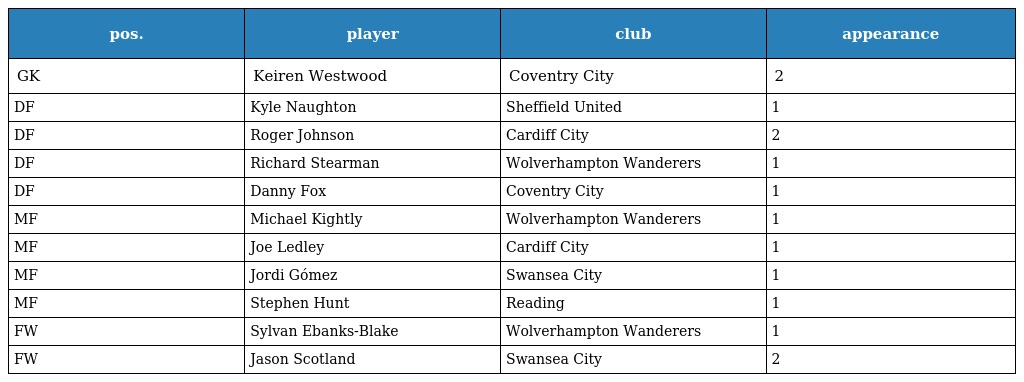
| pos. | player | club | appearance |
 | --- | --- | --- | --- |
 | GK | Keiren Westwood | Coventry City | 2 |
 | DF | Kyle Naughton | Sheffield United | 1 |
 | DF | Roger Johnson | Cardiff City | 2 |
 | DF | Richard Stearman | Wolverhampton Wanderers | 1 |
 | DF | Danny Fox | Coventry City | 1 |
 | MF | Michael Kightly | Wolverhampton Wanderers | 1 |
 | MF | Joe Ledley | Cardiff City | 1 |
 | MF | Jordi Gómez | Swansea City | 1 |
 | MF | Stephen Hunt | Reading | 1 |
 | FW | Sylvan Ebanks-Blake | Wolverhampton Wanderers | 1 |
 | FW | Jason Scotland | Swansea City | 2 |